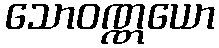
သောဝဏ္ဏယော